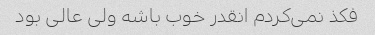
فکذ نمی‌کردم انقدر خوب باشه ولی عالی بود